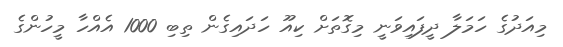
މިއަދުގެ ހަމަލާ ދީފައިވަނީ މިގޮތަށް ކިއޫ ހަދައިގެން ތިބި 1000 އެއްހާ މީހުންގެ